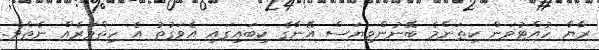
ރާޔާ ހުއްޓުވަން ކިތަންމެ ބޭނުންވިޔަސް އޭނާގެ ކިބައިގައި އެވަގުތު އެ ހިތްވަރެއް ނެތެވެ.